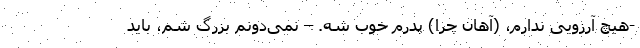
-هیچ آرزویی ندارم، (آهان چرا) پدرم خوب شه. – نمی‌دونم بزرگ شم، باید